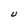
Character: U